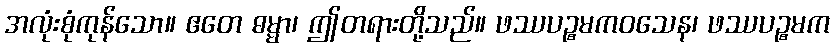
အလုံးစုံကုန်သော။ ဧတေ ဓမ္မာ၊ ဤတရားတို့သည်။ ဖဿပဉ္စမကဝသေန၊ ဖဿပဉ္စမက